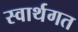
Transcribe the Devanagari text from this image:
स्वार्थगत